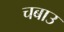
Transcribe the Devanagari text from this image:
चबाउ